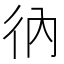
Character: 𢓇